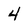
Character: 4